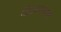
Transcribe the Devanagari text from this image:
विध्‍यमान